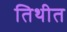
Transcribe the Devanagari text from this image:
तिथीत